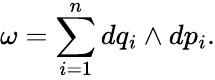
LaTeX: \omega=\sum_{i=1}^{n}dq_{i}\wedge dp_{i}.